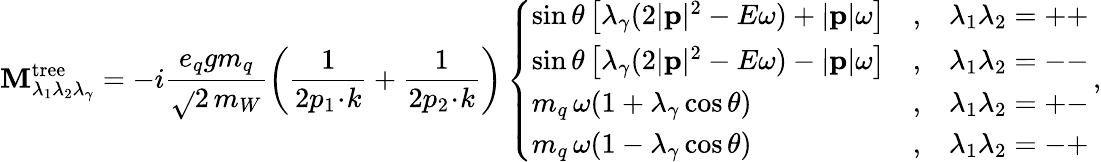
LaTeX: {\cal\mathbf{M}}_{\lambda_{1}\lambda_{2}\lambda_{\gamma}}^{\mathrm{{tree}}}=-i\frac{{e_{q}gm_{q}}}{{\sqrt{}{{\displaystyle2}}\, m_{W}}}\left(\frac{{1}}{{2p_{1}\! \cdot\! k}}+\frac{{1}}{{2p_{2}\! \cdot\! k}}\right)\left\{ \begin{array}{lcl}{{\sin\theta\left[\lambda_{\gamma}(2|{\mathbf p}|^{2}-E\omega)+|{\mathbf p}|\omega\right]}}&{{,}}&{{\lambda_{1}\lambda_{2}=++}}\\ {{\sin\theta\left[\lambda_{\gamma}(2|{\mathbf p}|^{2}-E\omega)-|{\mathbf p}|\omega\right]}}&{{,}}&{{\lambda_{1}\lambda_{2}=--}}\\ {{m_{q}\, \omega(1+\lambda_{\gamma}\cos\theta)}}&{{,}}&{{\lambda_{1}\lambda_{2}=+-}}\\ {{m_{q}\, \omega(1-\lambda_{\gamma}\cos\theta)}}&{{,}}&{{\lambda_{1}\lambda_{2}=-+}}\end{array}\right.\, ,